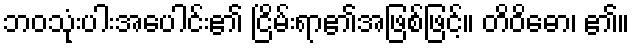
ဘဝသုံးပါးအပေါင်း၏ ငြိမ်းရာ၏အဖြစ်ဖြင့်။ တိဝိဓော၊ ၏။